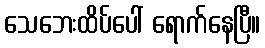
သေဘေးထိပ်ပေါ် ရောက်နေပြီ။